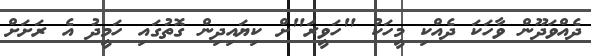
ދެއްވަދޫން ވާހަކަ ދެއްކި މީހަކު "ހަވީރަ"ށް ކިޔައިދިން ގޮތުގައި ހަމީދު އެ ރަށަށް